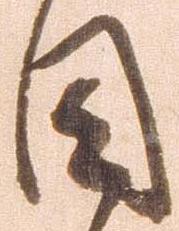
目